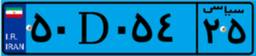
۵۰D۰۵۴۲۵